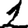
Digit: 1